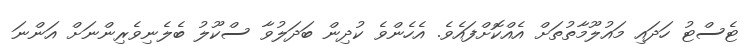
ޓެސްޓު ހަދައި މައުލޫމާތުތަށް އެއްކޮށްފައެވެ. އެހެންވެ ކުދިން ބަދަލުވާ ސްކޫލު ބެލެނިވެރިންނަށް އަންނަ